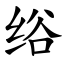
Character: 绤